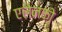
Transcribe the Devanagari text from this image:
एलेनको